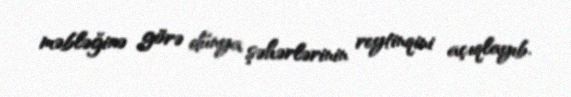
məbləğinə görə dünya şəhərlərinin reytinqini açıqlayıb.